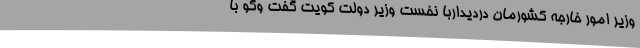
وزیر امور خارجه کشورمان دردیداربا نخست وزیر دولت کویت گفت وگو با